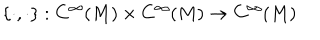
LaTeX: \{ \cdot , \cdot \} : C ^ { \infty } ( M ) \times C ^ { \infty } ( M ) \to C ^ { \infty } ( M )